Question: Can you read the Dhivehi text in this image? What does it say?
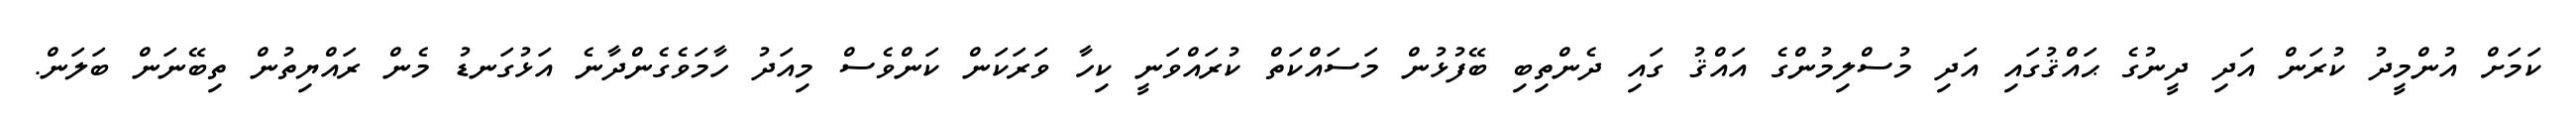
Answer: ކަމަށް އުންމީދު ކުރަން އަދި ދީނުގެ ޙައްޤުގައި އަދި މުސްލިމުންގެ އައްޤު ގައި ދެންތިބި ބޭފުޅުން މަސައްކަތް ކުރައްވަނީ ކިހާ ވަރަކަން ކަންވެސް މިއަދު ހާމަވެގެންދާނެ އަޅުގަނޑު މެން ރައްޔިތުން ތިބޭނަން ބަލަން.